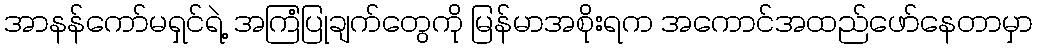
အာနန်ကော်မရှင်ရဲ့ အကြံပြုချက်တွေကို မြန်မာအစိုးရက အကောင်အထည်ဖော်နေတာမှာ